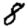
Digit: 8